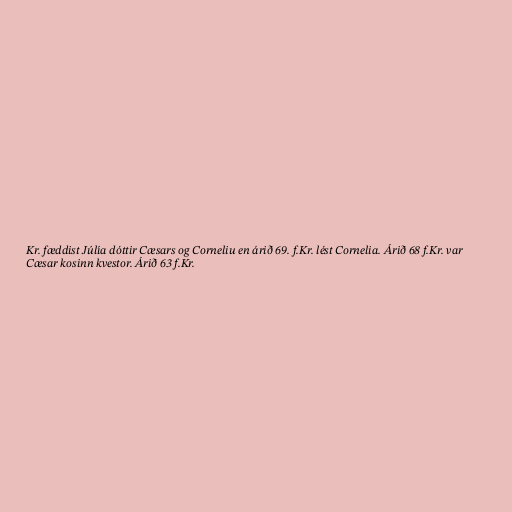
Kr. fæddist Júlía dóttir Cæsars og Corneliu en árið 69. f.Kr. lést Cornelia. Árið 68 f.Kr. var
Cæsar kosinn kvestor. Árið 63 f.Kr.